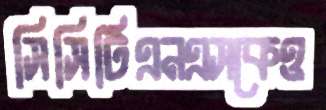
সিসিটিএনএসকেও